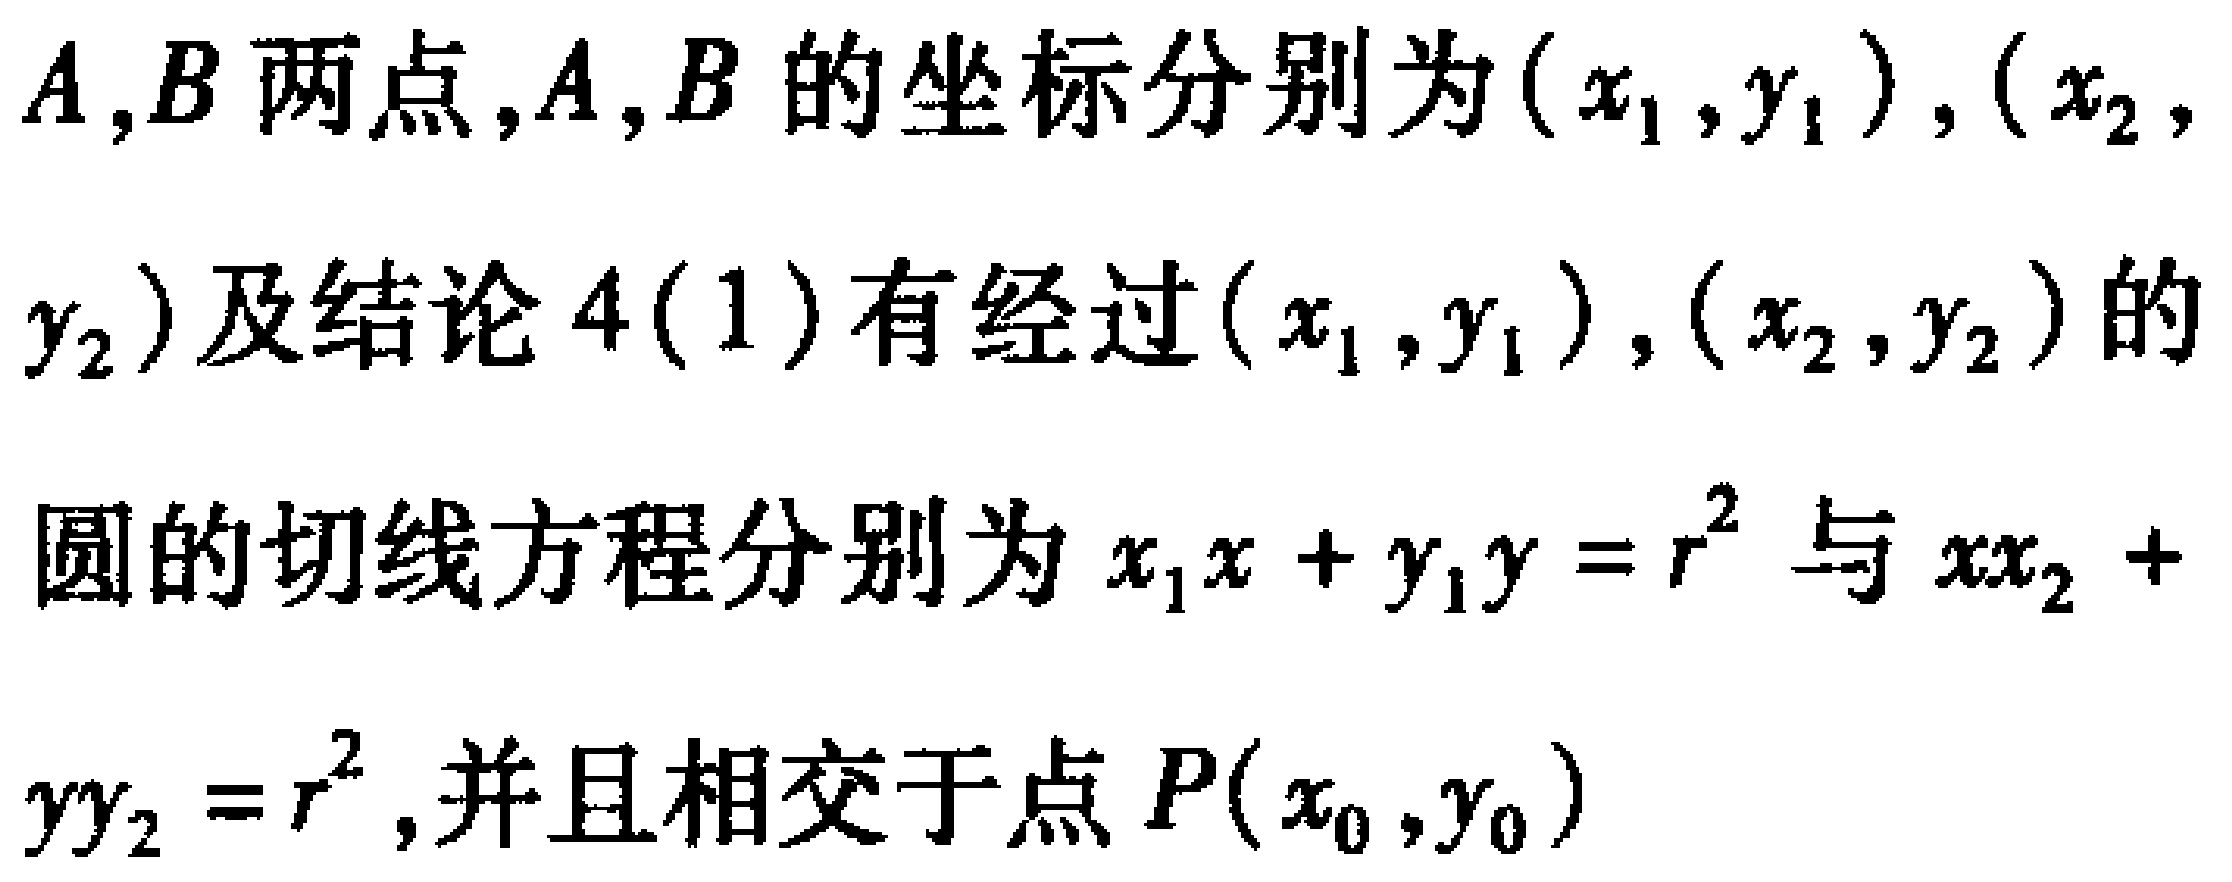
$A,B$两点,$A,B$的坐标分别为$(x_{1},y_{1}),(x_{2},y_{2})$及结论$4(1)$有经过$(x_{1},y_{1}),(x_{2},y_{2})$的
圆的切线方程分别为$x_{1}x + y_{1}y = r^{2}$与$xx_{2} + yy_{2} = r^{2}$,并且相交于点$P(x_{0},y_{0})$